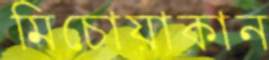
মিচোয়াকান